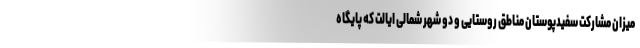
میزان مشارکت سفیدپوستان مناطق روستایی و دو شهر شمالی ایالت که پایگاه